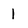
Character: l